Tartu_pedagoogiumi_aruanded, lk 4
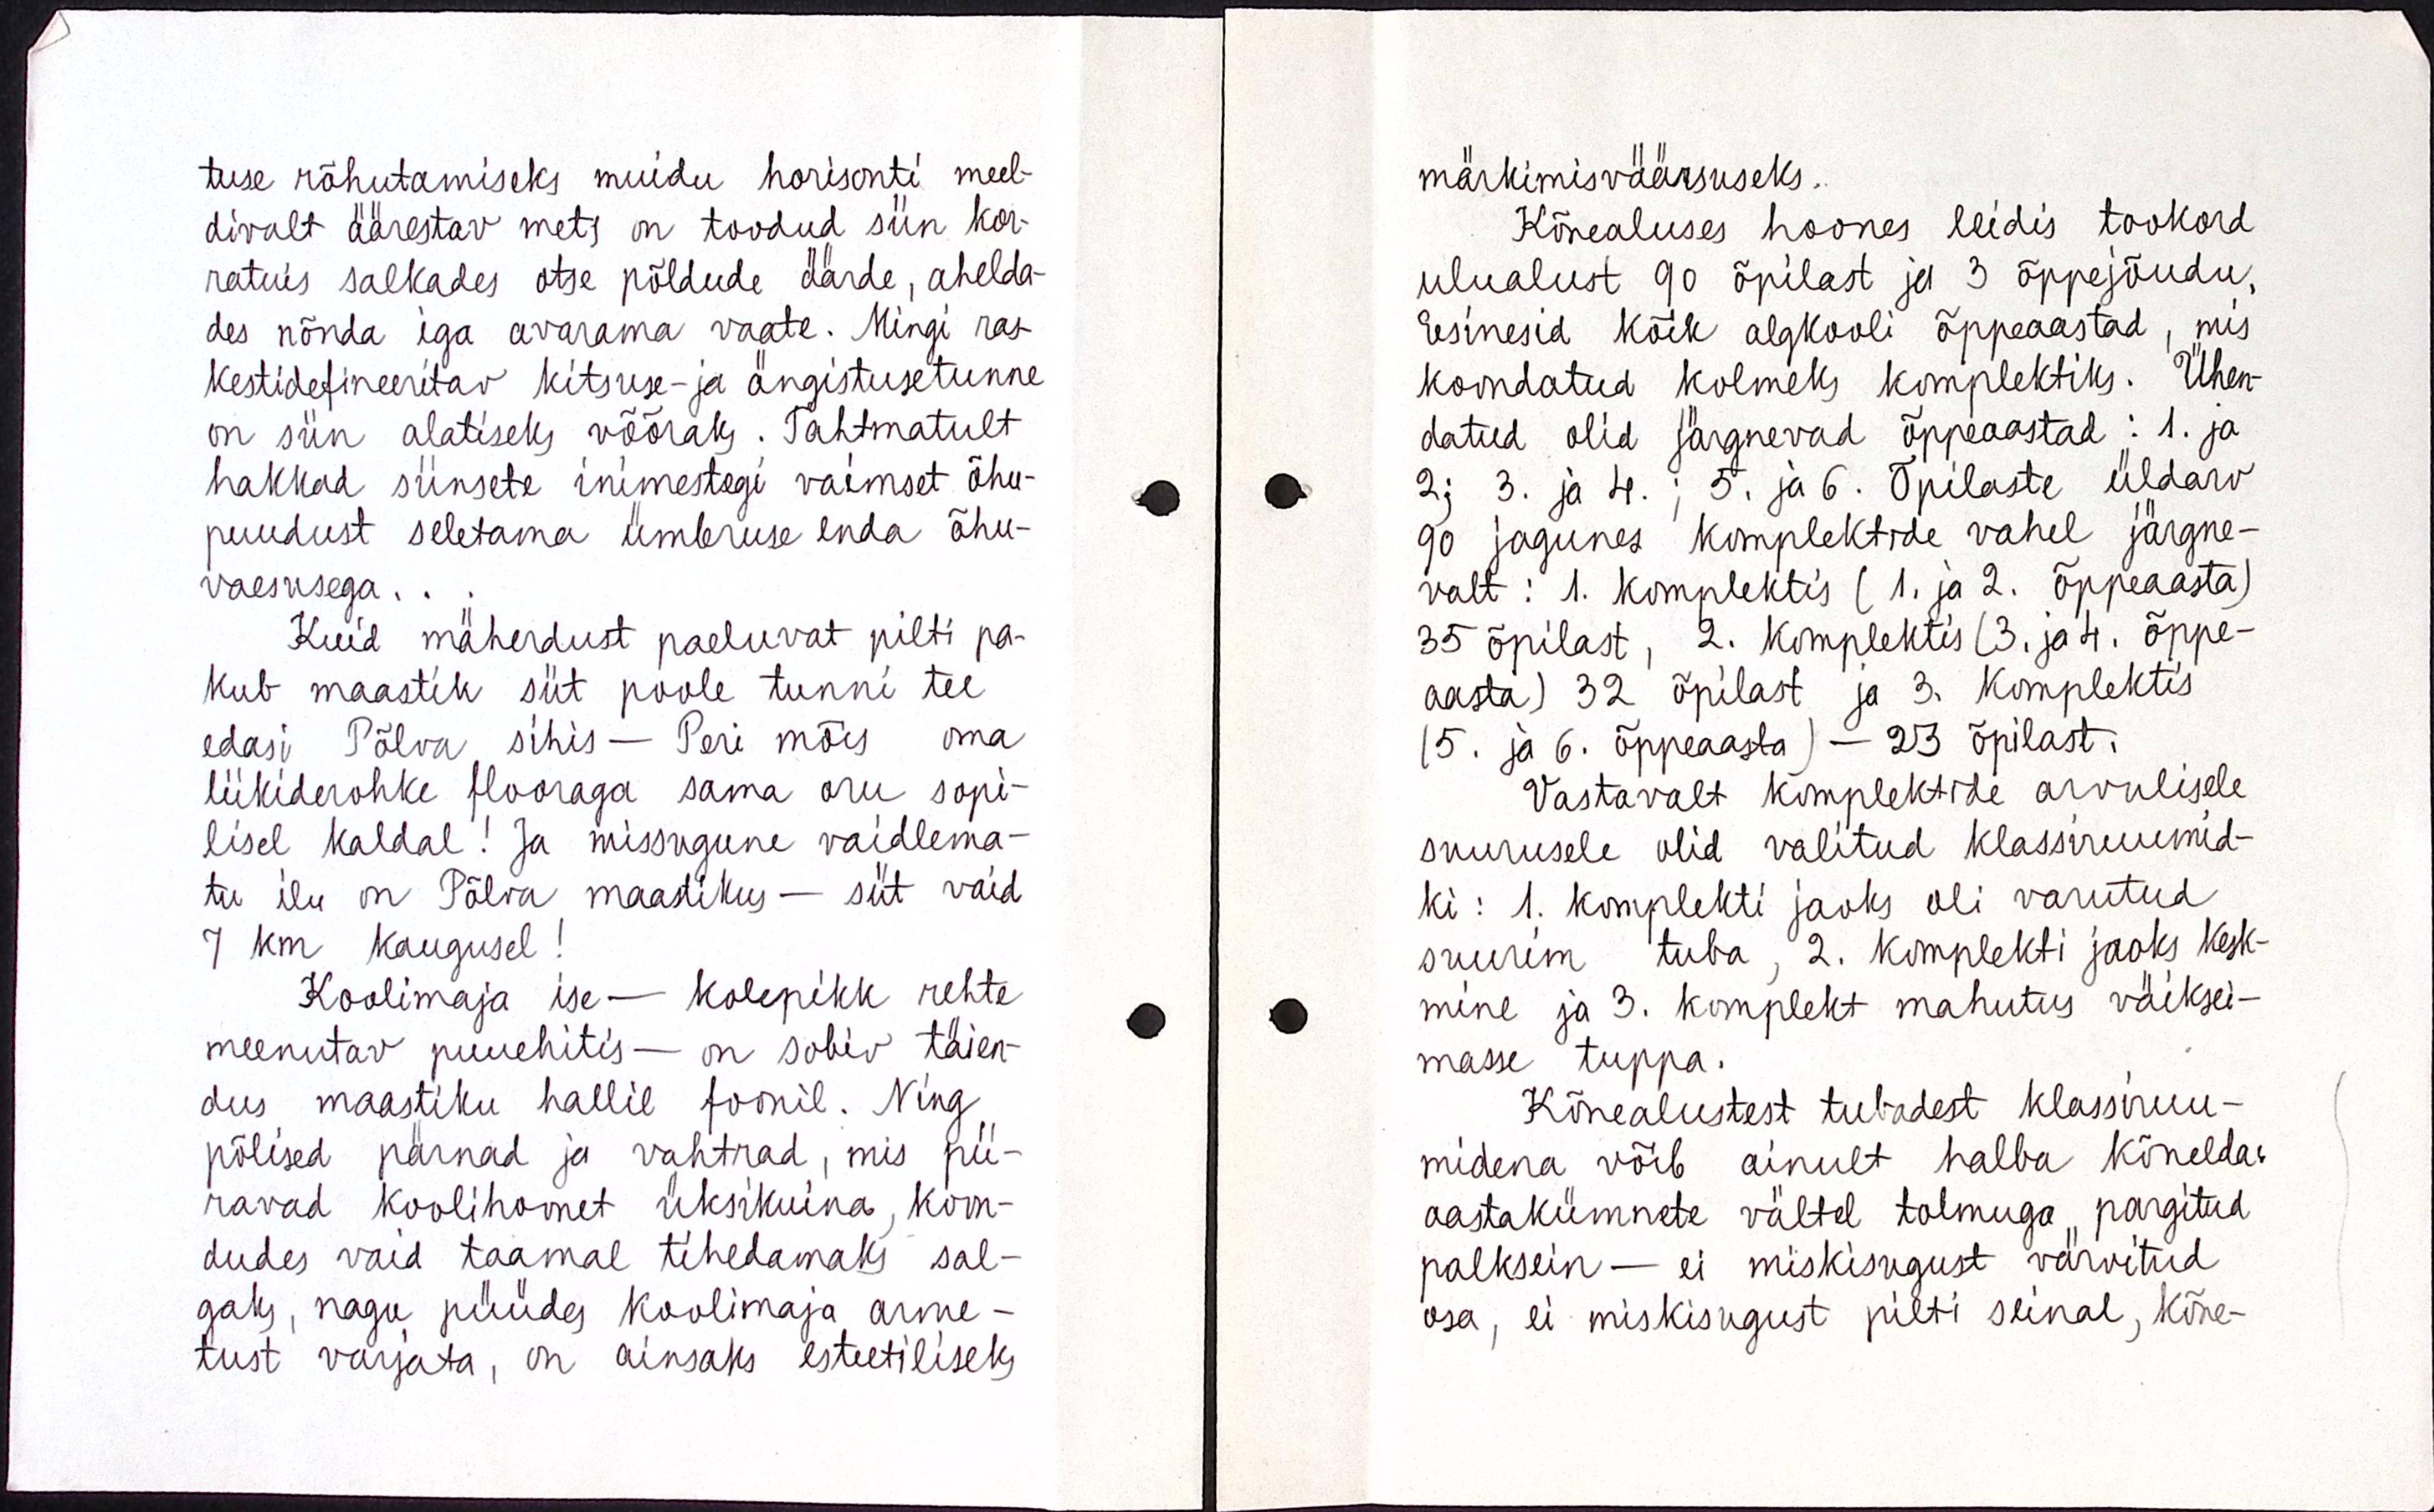
tuse rõhutamiseks muidu horisonti meel-
divalt äärestav mets on toodud siin kor-
ratuis salkades otse põldude äärde, ahelda-
des mõnda iga avarama vaate. Mingi ras-
kestidefineeritav kitsuse- ja ängistusetunne
on siin alatiseks võõraks. Tahtmatult
hakkad siinset inimestegi vaimset õhu-
puudust seletama ümbruse enda õhu-
vaesusega.
Kuid mäherdust paeluvat pilti pa-
kub maastik siit poole tunni tee
edasi Põlva sihis - Peri mõis oma
liikiderohke flooraga sama oru sopi-
sel kaldal! Ja missugune vaidlema-
tu ilu on Põlva maastikus - siit vaid
7 km kaugusel!
Koolimaja ise - kolepikk rehte
meenutav puuehitis - on sobiv täien-
dus maastiku hallil foonil. Ning
põlised pärnad ja vahtrad, mis pii-
ravad koolihoonet üksikuina, koon-
dudes vaid taamal tihedamaks sal-
gaks, nagu püüdes koolimaja arme-
tust varjata, on ainsaks esteetiliseks

märkimisväärsuseks.
Kõnealuses hoones leidis tookord
ulualust 90 õpilast ja 3 õppejõudu,
esinesid kõik algkooli õppeaastad, mis
koondatud kolmeks komplektiks. Ühen-
datud olid järgnevad õppeaastad : 1. ja 
2; 3. ja 4. ; 5. ja 6. Õpilaste üldarv
90 jagunes komplektide vahel järgne-
valt : 1. komplektis ( 1. ja 2. õppeaasta)
35 õpilast, 2. komplektis ( 3. ja 4. õppe-
aasta) 32 õpilast ja 3. komplektis
( 5. ja 6. õppeaasta ) - 23 õpilast.
Vastavalt komplektide arvulisele
suurusele olid valitud klassiruumid-
ki : 1. komplekti jaoks oli varutud
suurim tuba, 2. komplekti jaoks kesk-
mine ja 3. komplekti mahutus väiksei-
masse tuppa.
Kõnealustest tubadest klassiruu-
midena võib ainult halba kõnelda
aastakümnete vältel tolmuga pargitud
palksein - ei miskisugust värvitud
osa, ei miskisugust pilti seinal, kõne-